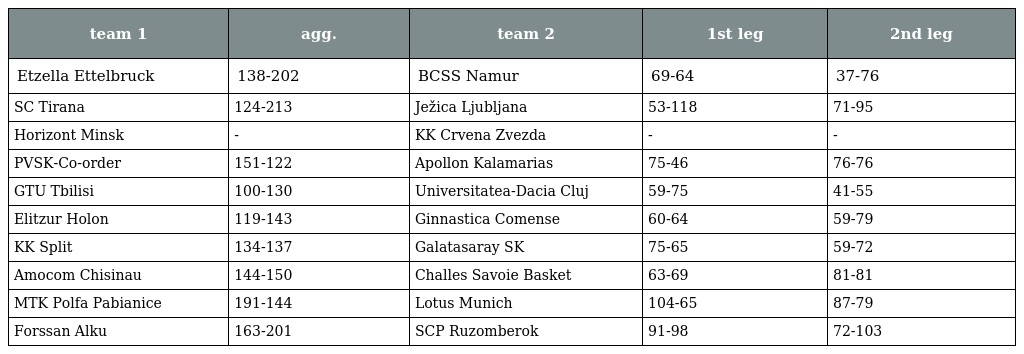
| team 1 | agg. | team 2 | 1st leg | 2nd leg |
 | --- | --- | --- | --- | --- |
 | Etzella Ettelbruck | 138-202 | BCSS Namur | 69-64 | 37-76 |
 | SC Tirana | 124-213 | Ježica Ljubljana | 53-118 | 71-95 |
 | Horizont Minsk | - | KK Crvena Zvezda | - | - |
 | PVSK-Co-order | 151-122 | Apollon Kalamarias | 75-46 | 76-76 |
 | GTU Tbilisi | 100-130 | Universitatea-Dacia Cluj | 59-75 | 41-55 |
 | Elitzur Holon | 119-143 | Ginnastica Comense | 60-64 | 59-79 |
 | KK Split | 134-137 | Galatasaray SK | 75-65 | 59-72 |
 | Amocom Chisinau | 144-150 | Challes Savoie Basket | 63-69 | 81-81 |
 | MTK Polfa Pabianice | 191-144 | Lotus Munich | 104-65 | 87-79 |
 | Forssan Alku | 163-201 | SCP Ruzomberok | 91-98 | 72-103 |